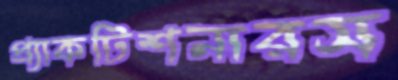
প্র্যাকটিশনারস